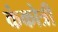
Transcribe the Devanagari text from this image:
कंकोत्री